Scottish Leaving Certificate Examination, 1959
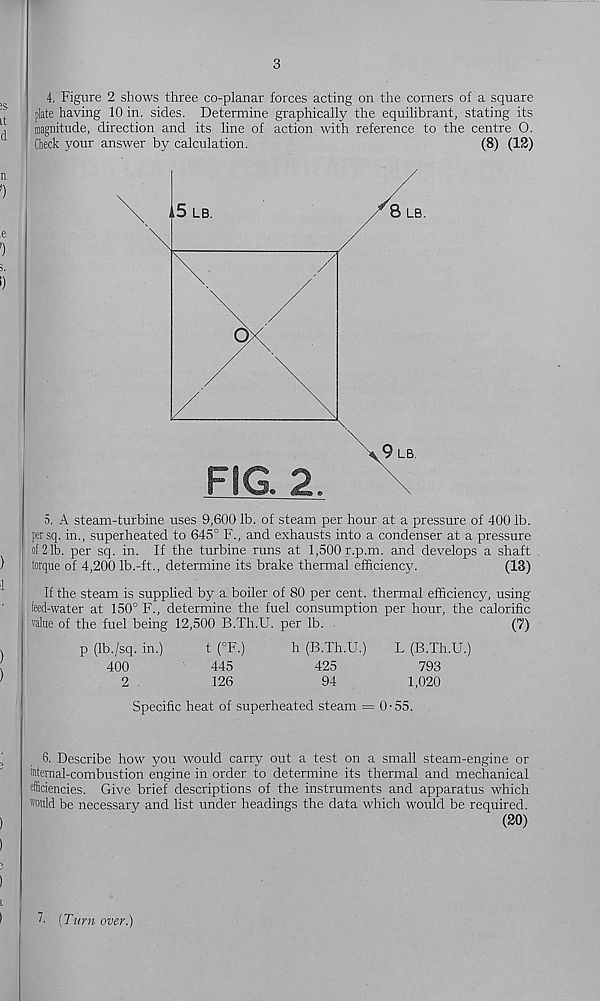
3
4. Figure 2 shows three co-planar forces acting on the corners of a square
plate having 10 in. sides. Determine graphically the equilibrant, stating its
magnitude, direction and its line of action with reference to the centre 0.
Check your answer by calculation.
(8) (12)
5. A steam-turbine uses 9,600 lb. of steam per hour at a pressure of 400 lb.
persq. in., superheated to 645° F., and exhausts into a condenser at a pressure
of 2 lb. per sq. in. If the turbine runs at 1,500 r.p.m. and develops a shaft
torque of 4,200 lb.-ft., determine its brake thermal efficiency.
(13)
If the steam is supplied by a boiler of 80 per cent, thermal efficiency, using
feed-water at 150° F., determine the fuel consumption per hour, the calorific
value of the fuel being 12,500 B.Th.U. per lb.
(7)
p (Ib./sq. in.)
t (°F.)
h (B.Th.U.)
L (B.Th.U.)
400
445
425
793
2
126
94
1,020
Specific heat of superheated steam = 0-55.
6. Describe how you would carry out a test on a small steam-engine or
internal-combustion engine in order to determine its thermal and mechanical
efficiencies. Give brief descriptions of the instruments and apparatus which
would be necessary and list under headings the data which would be required.
(20)
7. (Turn over.)